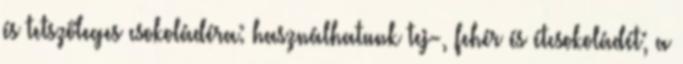
és tetszőleges csokoládéra: használhatunk tej-, fehér és étcsokoládét; a